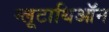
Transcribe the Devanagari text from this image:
ग्लूटाथिऑन